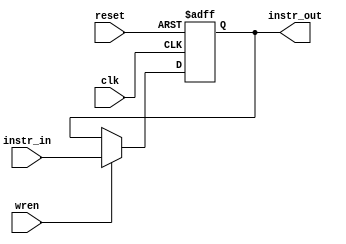
module instruction_reg(
	input					clk,
	input					wren,
	input					reset,
	input		[31:0]	instr_in,
	output	[31:0]	instr_out
);

	reg [31:0] instr;
	
	assign instr_out = instr;
	
	always @(posedge clk or posedge reset) begin
		if (reset) begin
			instr <= 32'b0;
		end
		else if (wren) begin
			instr <= instr_in;
		end
	end

endmodule